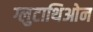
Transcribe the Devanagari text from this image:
ग्लुटाथिओन